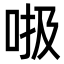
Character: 𠳖